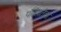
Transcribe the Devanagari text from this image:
पतिव्रतेचा